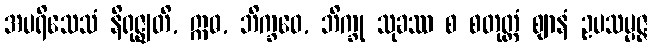
အပရိသေသံ နိရုဇ္ဈတိ, ဣဓ, ဘိက္ခဝေ, ဘိက္ခု သုခဿ စ စတုတ္ထံ ဈာနံ ဥပသမ္ပဇ္ဇ